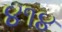
૪૧૪